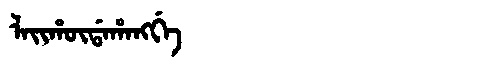
Manchu: ᠯᠠᡳᡥᡡᡩᠠᡥᠠᠩᡤᡝ
Romanization: LAIHŪDAHANGGE